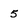
Character: 5